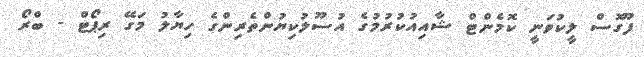
ފޫގޮސް ލީކުވަނީ ކޮމެންޓް ޝާއިއުކުރުމުގެ އުސޫލުކިޔުންތެރިންގެ ހިޔާލު މަގޭ ރިޕޯޓް - ބްރޯ